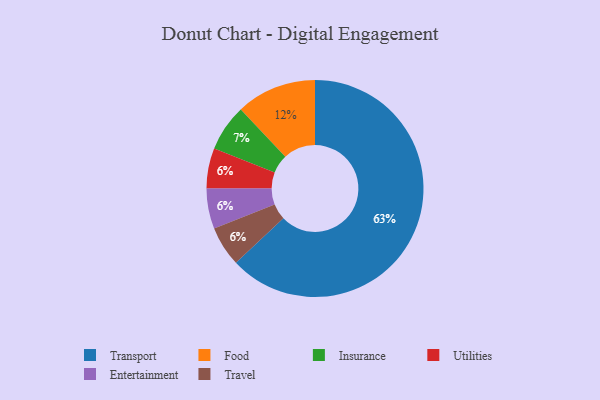
{"axis": {"x": "Category", "y": "Percentage"}, "legend": ["Entertainment", "Food", "Insurance", "Transport", "Travel", "Utilities"], "data": [{"x": "Utilities", "y": 6, "type": "Utilities"}, {"x": "Entertainment", "y": 6, "type": "Entertainment"}, {"x": "Transport", "y": 63, "type": "Transport"}, {"x": "Travel", "y": 6, "type": "Travel"}, {"x": "Food", "y": 12, "type": "Food"}, {"x": "Insurance", "y": 7, "type": "Insurance"}]}